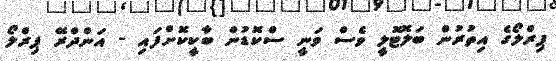
ޕިރްލޯގެ އިތުރުން ބަލޮޓޮލީ ވެސް ވަނީ ސްކޮޑުން ބާކީކޮށްފައި - އަންދްރޭ ޕިރްލޯ